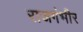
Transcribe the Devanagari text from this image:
राजगंभीर